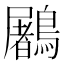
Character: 鷵